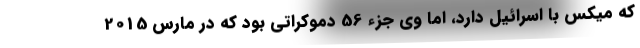
که میکس با اسرائیل دارد، اما وی جزء 56 دموکراتی بود که در مارس 2015